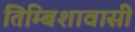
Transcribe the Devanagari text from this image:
तिम्बिशावासी